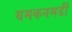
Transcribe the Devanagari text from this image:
यमकनमर्डी